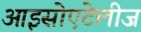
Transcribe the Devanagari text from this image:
आइसोएटेलीज